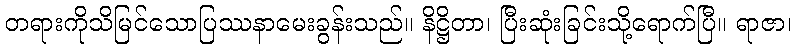
တရားကိုသိမြင်သောပြဿနာမေးခွန်းသည်။ နိဋ္ဌိတာ၊ ပြီးဆုံးခြင်းသို့ရောက်ပြီ။ ရာဇာ၊